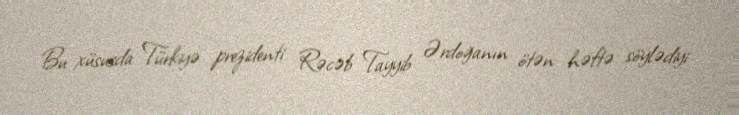
Bu xüsusda Türkiyə prezidenti Rəcəb Tayyib Ərdoğanın ötən həftə söylədiyi